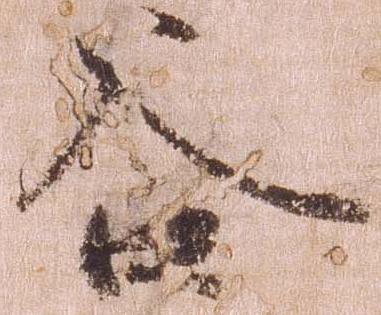
谷